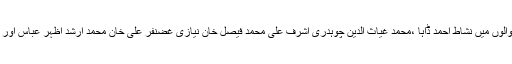
عثمان بزدار سے ملاقات کرنےوالوں میں نشاط احمد ڈاہا ،محمد غیاث الدین چوہدری اشرف علی محمد فیصل خان نیازی غضنفر علی خان محمد ارشد اظہر عباس اور یونس علی انصاری شامل تھے ۔